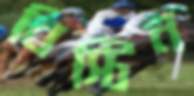
বিস্টিন